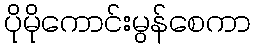
ပိုမိုကောင်းမွန်စေကာ